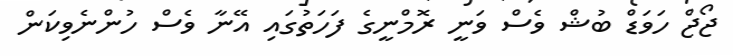
ޖޯޖް ހަވަޑް ބުޝް ވެސް ވަނީ ރޮމްނީގެ ފަހަތުގައި އޭނާ ވެސް ހުންނެވިކަން